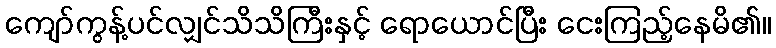
ကျော်ကွန့်ပင်လျှင်သိသိကြီးနှင့် ရောယောင်ပြီး ငေးကြည့်နေမိ၏။